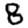
Digit: 8